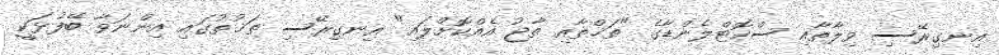
އިނގިރޭސި ވިލާތާއި ސްކޮޓްލެންޑާގެ "ތަޚްތާއި ތާޖު އެއްކޮށްލައި" އިނގިރޭސި ތަޚުތުގައި އިންނަވާ ބޭފުޅަކީ